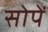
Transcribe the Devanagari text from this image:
सोपें